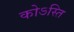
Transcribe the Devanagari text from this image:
कोऽस्ति